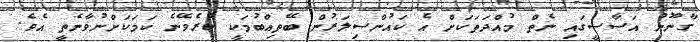
ގާނޫނު އަސާސީގައި ނެތް މުއްދަތަކަށް އެ ކައުންސިލަރުން ބޭތިއްބުމަކީ ކުރެވޭނެ ކަމަކަށްނުވާނެތީ އެވެ.